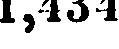
1,434